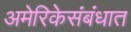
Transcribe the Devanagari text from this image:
अमेरिकेसंबंधात